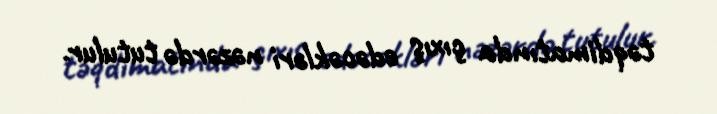
təqdimatında çıxış edəcəkləri nəzərdə tutulur.